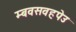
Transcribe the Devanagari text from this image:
म्बवसवहपेउ